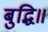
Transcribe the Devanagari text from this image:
बुद्धि॥